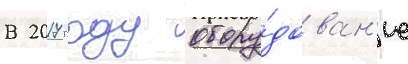
В 2017 году обору́дован'ие